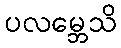
ပလမ္ဘေသိ